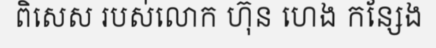
ពិសេស របស់លោក ហ៊ុន ហេង កន្សែង